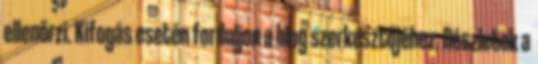
ellenőrzi. Kifogás esetén forduljon a blog szerkesztőjéhez. Részletek a